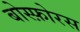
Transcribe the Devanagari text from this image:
बोस्फ़ोरस